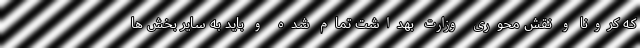
که کرونا و نقش محوری وزارت بهداشت تمام شده و باید به سایر بخش ها